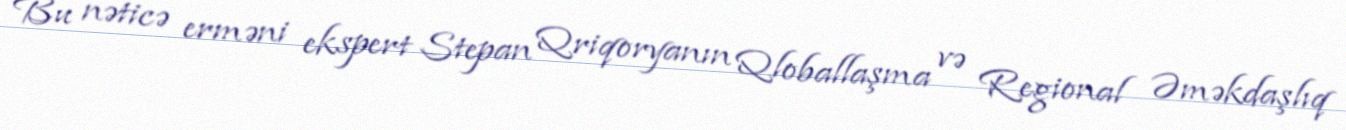
Bu nəticə erməni ekspert Stepan Qriqoryanın Qloballaşma və Regional Əməkdaşlıq